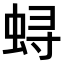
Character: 𫊻